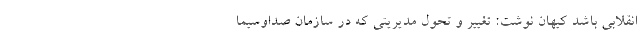
انقلابی باشد کیهان نوشت: تغییر و تحول مدیریتی که در سازمان صداوسیما